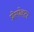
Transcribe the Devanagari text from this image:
प्रोस्पेक्टर